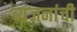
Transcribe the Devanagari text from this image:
व्यंजनांची